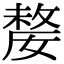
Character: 嫠